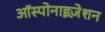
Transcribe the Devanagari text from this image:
ऑस्पोनाइज़ेशन